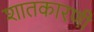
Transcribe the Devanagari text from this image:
शातकारणी